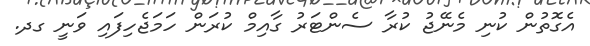
އެގޮތުން ކުނި މެނޭޖު ކުރާ ސެންޓަރު ގާއިމް ކުރަން ހަމަޖެހިފައި ވަނީ ގދ.